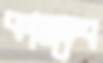
কামদেব